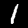
Label: 1